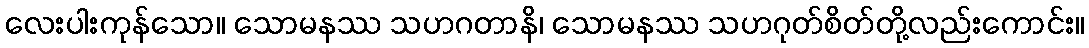
လေးပါးကုန်သော။ သောမနဿ သဟဂတာနိ၊ သောမနဿ သဟဂုတ်စိတ်တို့လည်းကောင်း။